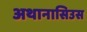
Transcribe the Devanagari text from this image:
अथानासिउस